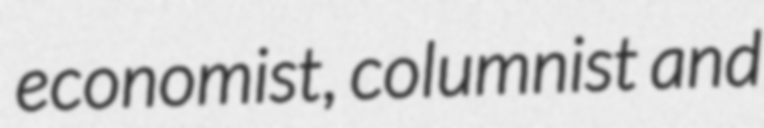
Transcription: economist, columnist and